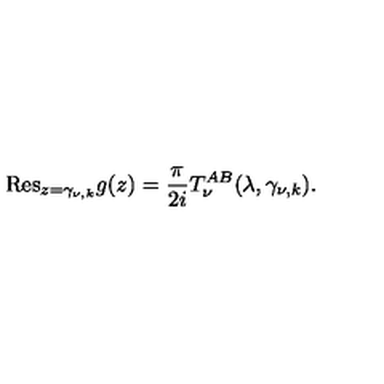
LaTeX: { \mathrm { R e s } } _ { z = \gamma _ { \nu , k } } g ( z ) = \frac { \pi } { 2 i } T _ { \nu } ^ { A B } ( \lambda , \gamma _ { \nu , k } ) .